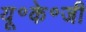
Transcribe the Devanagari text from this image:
यू॰के॰जी